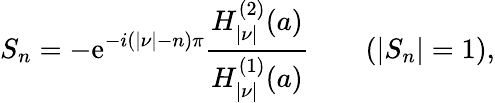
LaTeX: S_{n}=-\mathrm{e}^{-i(|\nu|-n)\pi}{\frac{{H_{|\nu|}^{(2)}(a)}}{{H_{|\nu|}^{(1)}(a)}}}\qquad(|S_{n}|=1),